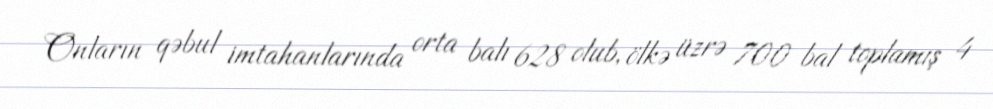
Onların qəbul imtahanlarında orta balı 628 olub, ölkə üzrə 700 bal toplamış 4